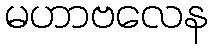
မဟာဗလေန